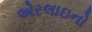
એરલાઇનો